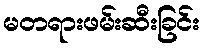
မတရားဖမ်းဆီးခြင်း